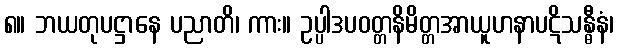
၈။ ဘယတုပဋ္ဌာနေ ပညာတိ၊ ကား။ ဥပ္ပါဒပဝတ္တနိမိတ္တအာယူဟနာပဋိသန္ဓီနံ၊